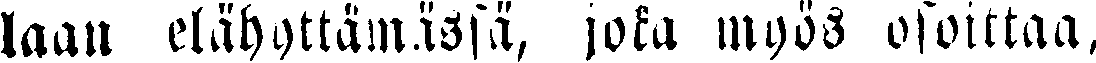
laan elähyttämässä, joka myös osoittaa,